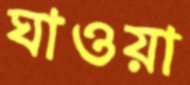
ঘাওয়া